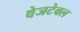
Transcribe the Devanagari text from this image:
वेजटेबल